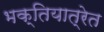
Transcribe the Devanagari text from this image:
भक्तियात्रेत